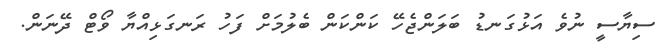
ސިޔާސީ ނުވެ އަޅުގަނޑު ބަލަންޖެހޭ ކަންކަން ބެލުމަށް ފަހު ރަނގަޅިއްޔާ ވޯޓް ދޭނަން.